Civil Veterinary Dept. Bombay admin report 1893-99 - 1893-1899
Year: 1893
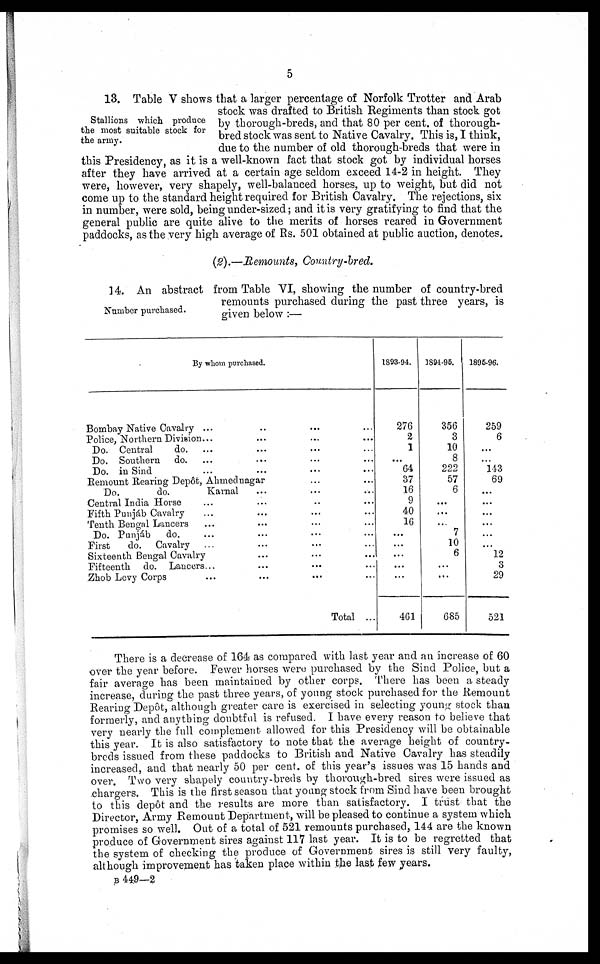
5
Stallions which produce
the most suitable stock for
the army.
13. Table V shows that a larger percentage of Norfolk Trotter and Arab
stock was drafted to British Regiments than stock got
by thorough-breds, and that 80 per cent. of thorough-
bred stock was sent to Native Cavalry. This is, I think,
due to the number of old thorough-breds that were in
this Presidency, as it is a well-known fact that stock got by individual horses
after they have arrived at a certain age seldom exceed 14-2 in height. They
were, however, very shapely, well-balanced horses, up to weight, but did not
come up to the standard height required for British Cavalry. The rejections, six
in number, were sold, being under-sized; and it is very gratifying to find that the
general public are quite alive to the merits of horses reared in Government
paddocks, as the very high average of Rs. 501 obtained at public auction, denotes.
(2).—Remounts,
Country-bred.
Number purchased.
14. An abstract from Table VI, showing the number of country-bred
remounts purchased during the past three years, is
given below:—
By whom purchased.
Bombay Native Cavalry ... ... ... ...
Police, Northern Division... ... ... ...
Do. Central
do. ... ... ... ...
Do. Southern do. ... ... ... ...
Do. in Sind ... ... ... ...
Remount Rearing Depôt, Ahmednagar ... ...
Do.
do.
Karnal ... ... ...
Central India Horse ... ... ... ...
Fifth Punjab Cavalry ... ... ... ...
Tenth Bengal Lancers ... ... ... ...
Do. Punjáb
do. ... ... ... ...
First
do. Cavalry ... ... ... ...
Sixteenth Bengal Cavalry ... ... ...
Fifteenth do. Lancers... ... ... ...
Zhob Levy Corps ... ... ... ...
Total ...
1893-94.
276
2
1
...
64
37
16
9
40
16
...
...
...
...
...
461
1894-95.
356
3
10
8
222
57
6
...
...
...
7
10
6
...
...
685
1895-96.
259
6
...
...
143
69
...
...
...
...
...
...
12
3
29
521
There is a decrease of 164 as compared with last year and an increase of 60
over the year before. Fewer horses were purchased by the Sind Police, but a
fair average has been maintained by other corps. There has been a steady
increase, during the past three years, of young stock purchased for the Remount
Rearing Depôt, although greater care is exercised in selecting young stock than
formerly, and anything doubtful is refused. I have every reason to believe that
very nearly the full complement allowed for this Presidency will be obtainable
this year. It is also satisfactory to note that the average height of country-
breds issued from these paddocks to British and Native Cavalry has steadily
increased, and that nearly 50 per cent. of this year's issues was 15 hands and
over. Two very shapely country-breds by thorough-bred sires were issued as
chargers. This is the first season that young stock from Sind have been brought
to this depôt and the results are more than satisfactory. I trust that the
Director, Army Remount Department, will be pleased to continue a system which
promises so well. Out of a total of 521 remounts purchased, 144 are the known
produce of Government sires against 117 last year. It is to be regretted that
the system of checking the produce of Government sires is still very faulty,
although improvement has taken place within the last few years.
B 449—2